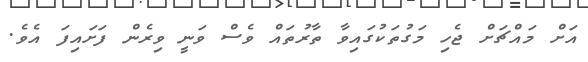
އަށް މައްޗަށް ޖެހި މަގުތަކުގައިވާ ތާރުތައް ވެސް ވަނީ ވިރެން ފަށައިފަ އެެވެ.